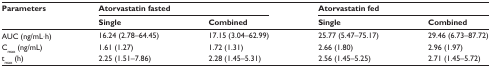
<table><thead><tr><td rowspan="2"><b>Parameters</b></td><td colspan="2"><b>Atorvastatin fasted</b></td><td colspan="2"><b>Atorvastatin fed</b></td></tr><tr><td><b>Single</b></td><td><b>Combined</b></td><td><b>Single</b></td><td><b>Combined</b></td></tr></thead><tbody><tr><td>AUC (ng/mL⋅h)</td><td>16.24 (2.78–64.45)</td><td>17.15 (3.04–62.99)</td><td>25.77 (5.47–75.17)</td><td>29.46 (6.73–87.72)</td></tr><tr><td>C<sub>max</sub> (ng/mL)</td><td>1.61 (1.27)</td><td>1.72 (1.31)</td><td>2.66 (1.80)</td><td>2.96 (1.97)</td></tr><tr><td>t<sub>max</sub> (h)</td><td>2.25 (1.51–7.86)</td><td>2.28 (1.45–5.31)</td><td>2.56 (1.45–5.25)</td><td>2.71 (1.45–5.72)</td></tr></tbody></table>